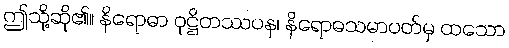
ဤသို့ဆို၏။ နိရောဓာ ဝုဋ္ဌိတဿပန၊ နိရောဓသမာပတ်မှ ထသော